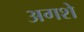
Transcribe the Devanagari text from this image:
अगशे